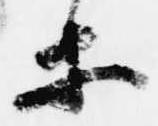
等